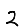
Digit: 2